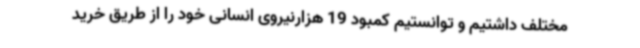
مختلف داشتیم و توانستیم کمبود 19 هزارنیروی انسانی خود را از طریق خرید